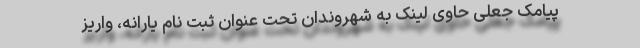
پیامک جعلی حاوی لینک به شهروندان تحت عنوان ثبت نام یارانه، واریز